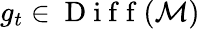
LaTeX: g_{t}\in\mathrm{~D~i~f~f~}(\mathcal{M})